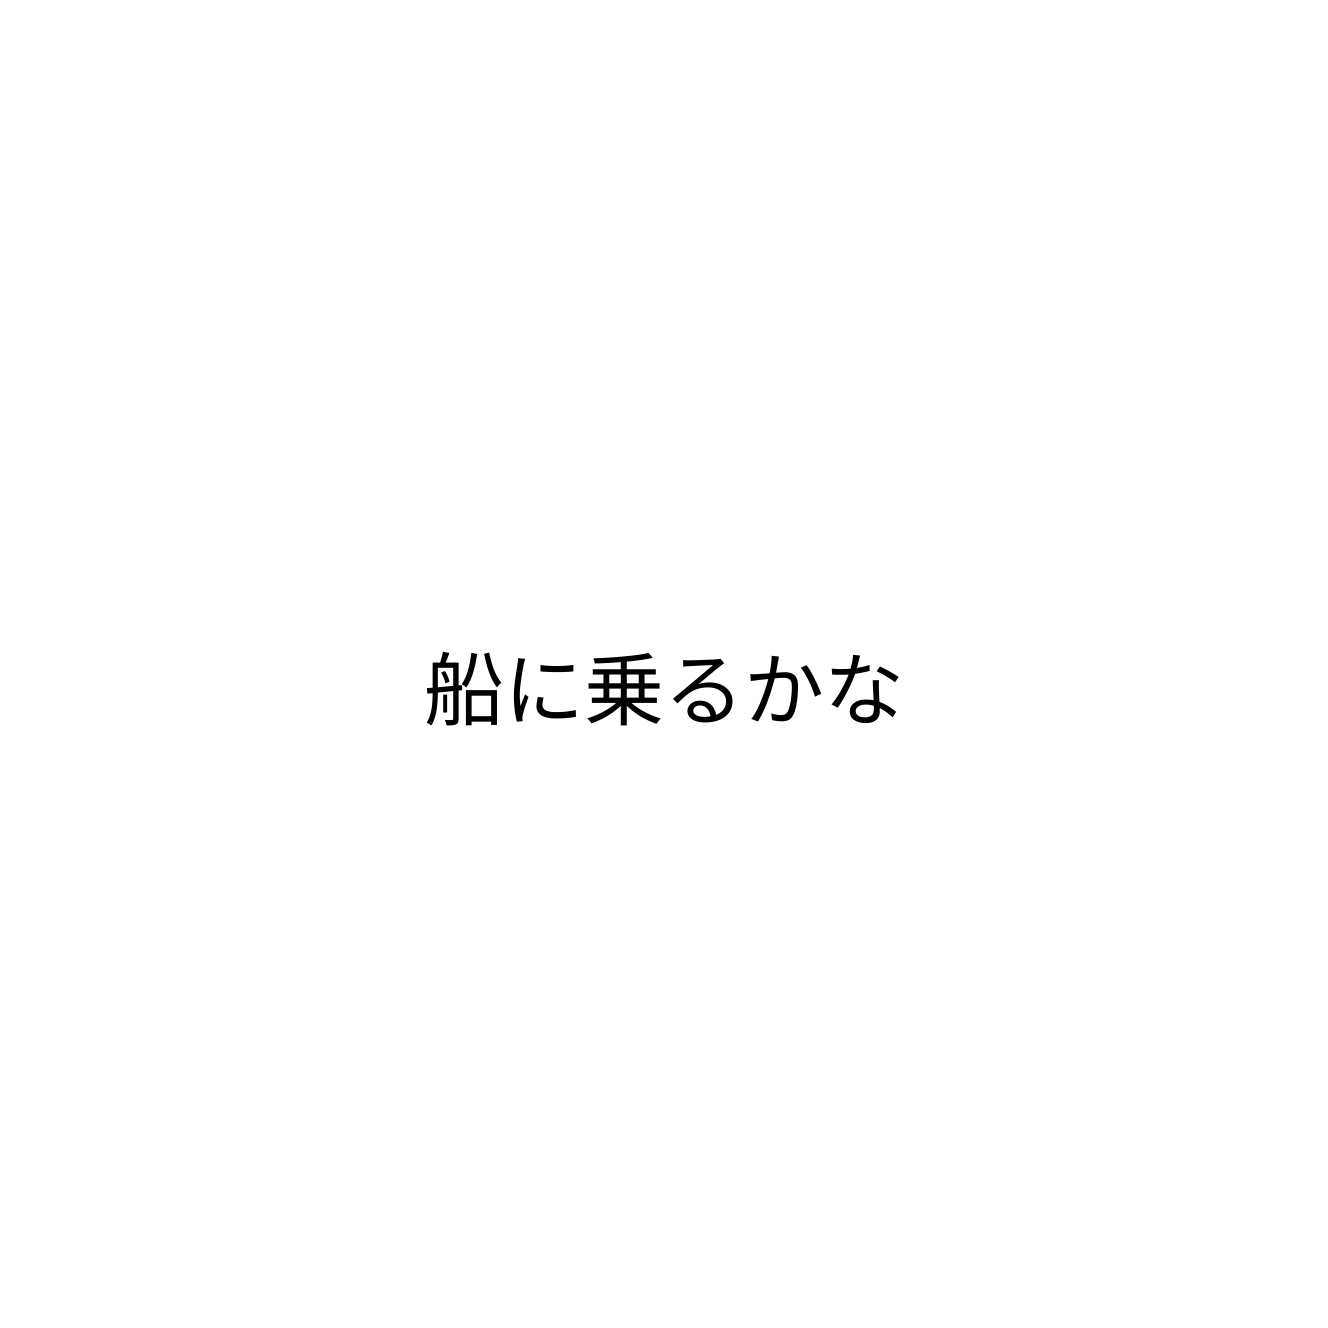
船に乗るかな